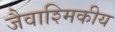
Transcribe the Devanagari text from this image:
जैवाश्मिकीय